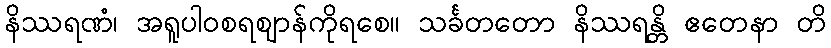
နိဿရဏံ၊ အရူပါဝစရဈာန်ကိုရစေ။ သင်္ခတတော နိဿရန္တိ ဧတေနာ တိ